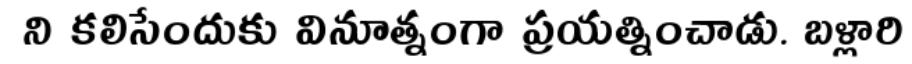
ని కలిసేందుకు వినూత్నంగా ప్రయత్నించాడు. బళ్లారి